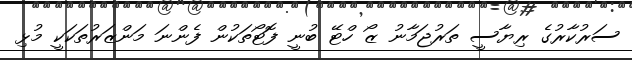
ސަރުކާރުގެ ރިޔާސީ ތަރުޖަމާނު ޒޯ ހްޓޭ ބުނީ ފޮޓޯތަކުން ފެންނަ މަންޒަރުތަކަކީ މުޅި